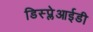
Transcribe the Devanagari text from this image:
डिस्प्लेआईडी